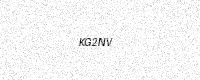
Text: KG2NV